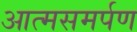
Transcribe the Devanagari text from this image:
आत्‍मसमर्पण